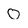
Character: O